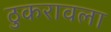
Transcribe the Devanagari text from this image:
ठुकरावला